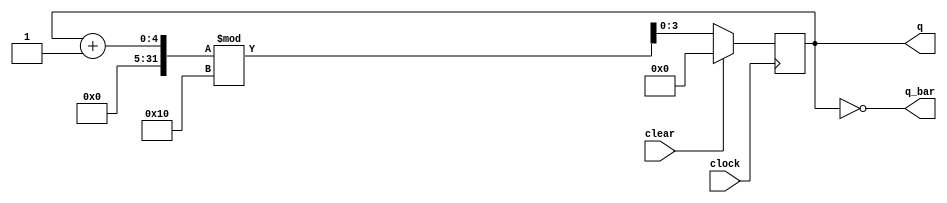
`timescale 1ns / 1ps
//////////////////////////////////////////////////////////////////////////////////
// Company: 
// Engineer: 
// 
// Design Name: 
// Module Name: Modulo_N_Counter
// Project Name: 
// Target Devices: 
// Tool Versions: 
// Description: 
// 
// Dependencies: 
// 
// Revision:
// Revision 0.01 - File Created
// Additional Comments:
// 
//////////////////////////////////////////////////////////////////////////////////


module Modulo_N_Counter (clock, clear, q, q_bar);

parameter N = 4;
parameter count = 16;

input clock, clear;

output [N-1:0] q, q_bar;
reg [N-1:0] counter;

always @ (posedge clock )
begin
if (clear )
begin
counter <= 0;
end
else
begin
counter <= (counter + 1) % count;
end
end

assign q = counter;
assign q_bar = ~counter;

endmodule